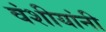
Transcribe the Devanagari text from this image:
वंशीयांनी